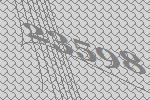
23598